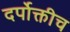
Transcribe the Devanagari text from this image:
दर्पोक्तीच